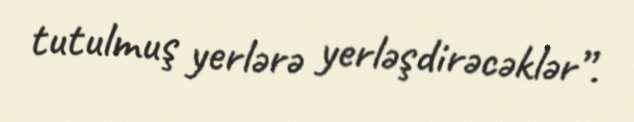
tutulmuş yerlərə yerləşdirəcəklər”.